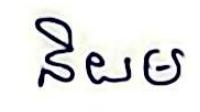
និយម